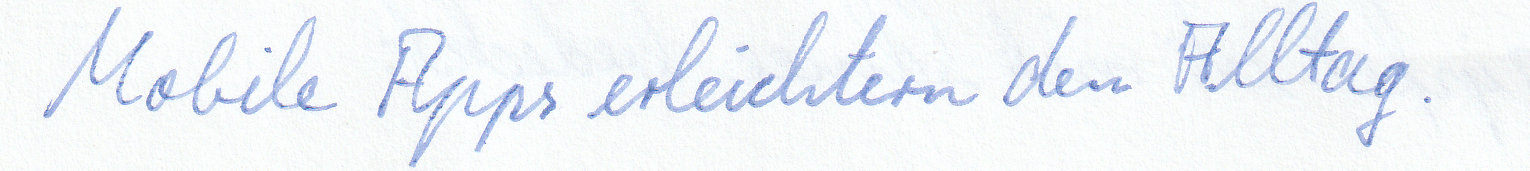
Mobile Apps erleichtern den Alltag.